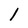
Character: 1